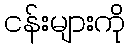
ငန်းများကို